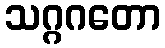
သဂ္ဂဂတော